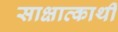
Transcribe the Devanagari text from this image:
साक्षात्कार्थी